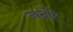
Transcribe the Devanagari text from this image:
जदोरे